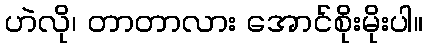
ဟဲလို၊ တာတာလား အောင်စိုးမိုးပါ။